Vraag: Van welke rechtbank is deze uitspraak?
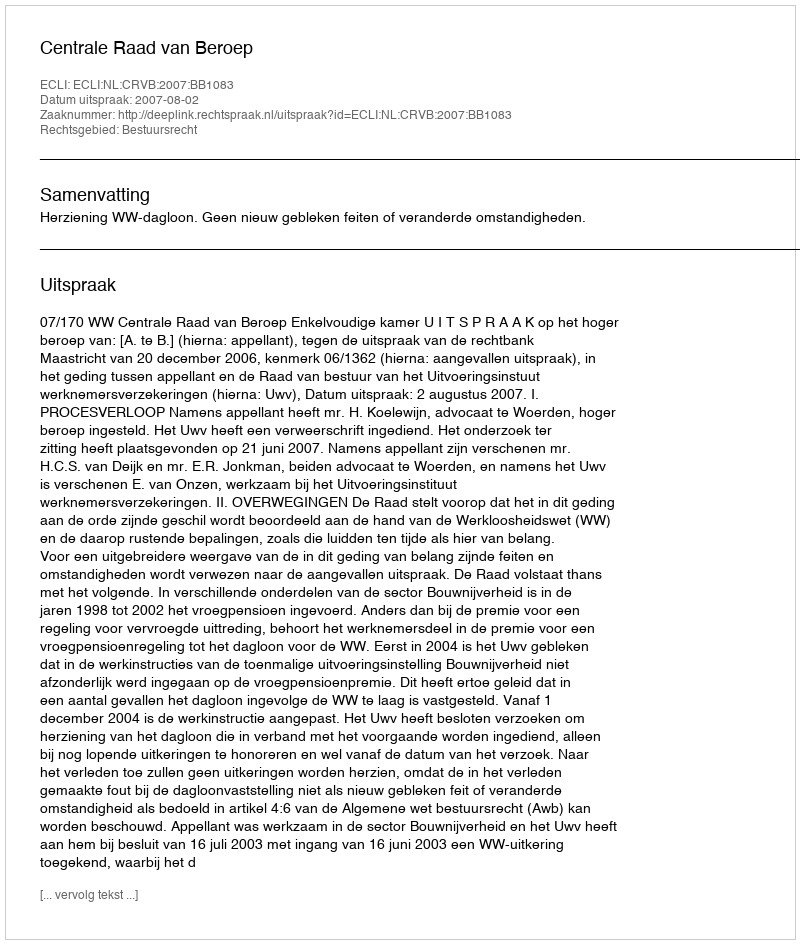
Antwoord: Centrale Raad van Beroep